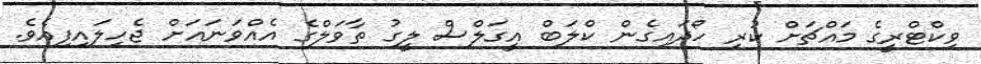
ވިކްޓްރީގެ މައްޗަށް ކުރި ހޯދައިގެން ކްލަބް އީގަލްސް ލީގު ތާވަލްގެ އެއްވަނައަށް ޖެހިލައިފިއެވެ.